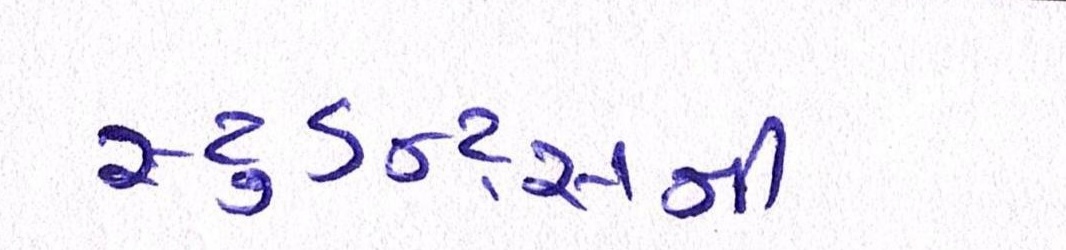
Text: સ્ટુડન્ટ્સની